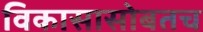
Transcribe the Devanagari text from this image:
विकासासोबतच